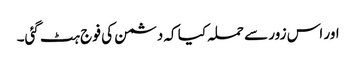
اور اس زور سے حملہ کیا کہ دشمن کی فو ج ہٹ گئی۔